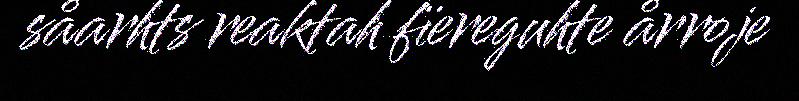
såarhts reaktah fïereguhte årroje